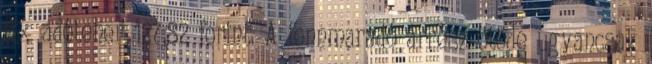
fix adóteher 127,82 forint. A fennmaradó árrész ötöde ugyancsak